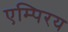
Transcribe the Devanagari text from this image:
एम्पिरय